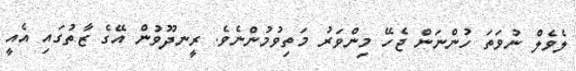
ލެވެލް ނުވަތަ ހުންނަން ޖެހޭ މިންވަރު މަތިވުމުންނެވެ. ރީނދޫވުން އޭގެ ޒާތުގައި އެއީ